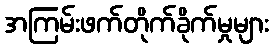
အကြမ်းဖက်တိုက်ခိုက်မှုများ